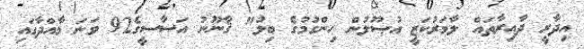
އިދާރީ ދާއިރާތައް ލާމަރުކަޒީ އުޞޫލުން ހިންގުމުގެ ބިލު" ޤާނޫނު އަސާސީގެ92 ވަނަ މާއްދާގައި